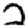
Digit: 2